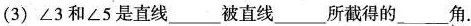
(3) ∠3和∠5是直线___被直线___所截得的___角.